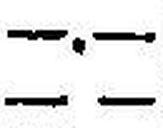
— —